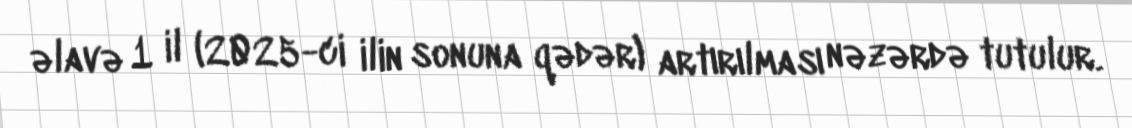
əlavə 1 il (2025-ci ilin sonuna qədər) artırılması nəzərdə tutulur.